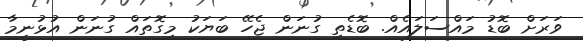
ވަރަށް ބޮޑު މައްސަލައެއް. ބޮޑެތި ގުނަން ޖެހޭ ބަޔަކު މިގޮތައް ގުނަން އުޅުނީމާ